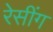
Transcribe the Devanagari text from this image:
रेसींग